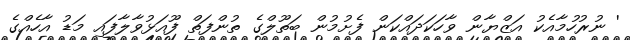
' ނުރުހުމާއެކު އަޒްޔާން ވާހަކަދައްކަން ފެށުމުން ބަތޫލްގެ ތުންފަތް ފޫއަޅުވާލާފައި މަޑު އާހެއްގެ